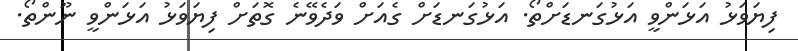
ފިޔަވަޅު އަޅަންވީ އަޅުގަނޑަށްތޯ. އަޅުގަނޑަށް ގެއަށް ވަދެވޭނެ ގޮތަށް ފިޔަވަޅު އަޅަންވީ ނޫންތޯ.